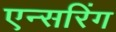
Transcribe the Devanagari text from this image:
एन्सरिंग